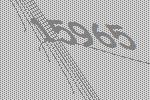
15965